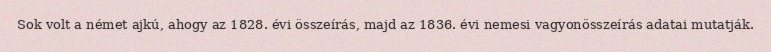
Sok volt a német ajkú, ahogy az 1828. évi összeírás, majd az 1836. évi nemesi vagyonösszeírás adatai mutatják.